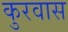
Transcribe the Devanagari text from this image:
कुरवास